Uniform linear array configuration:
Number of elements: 8
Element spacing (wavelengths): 0.75
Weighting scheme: hann
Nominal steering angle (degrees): -30
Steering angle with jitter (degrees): -28.838
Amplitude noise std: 0.05
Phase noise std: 0.05

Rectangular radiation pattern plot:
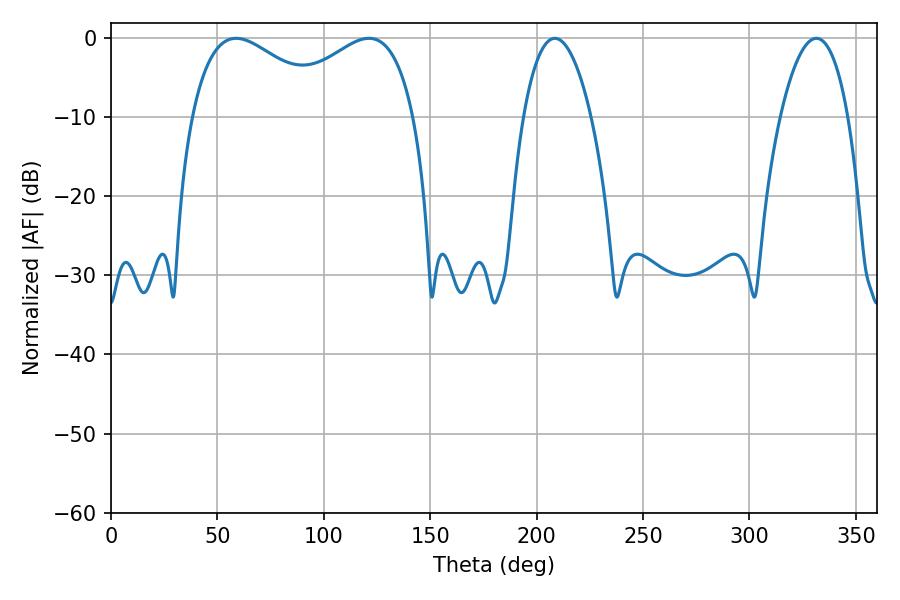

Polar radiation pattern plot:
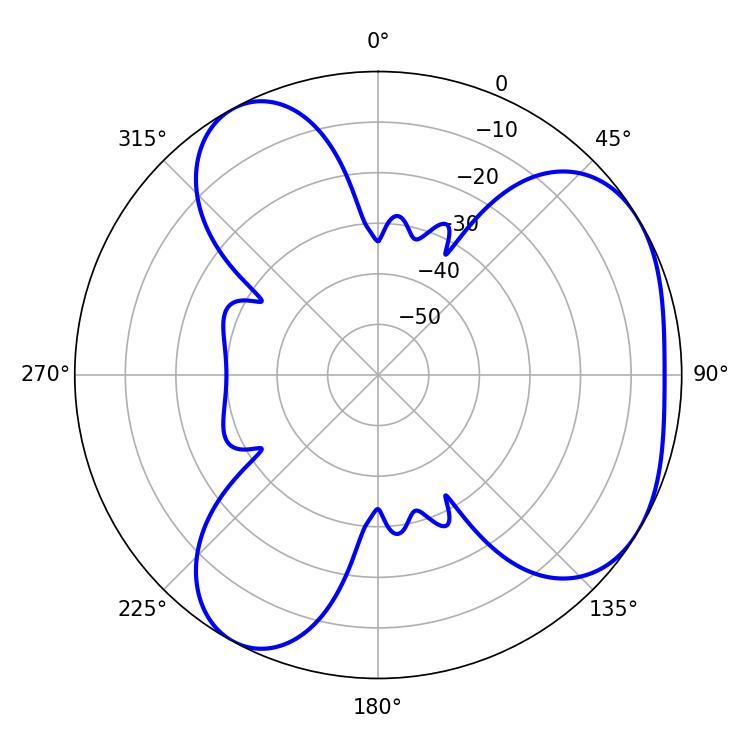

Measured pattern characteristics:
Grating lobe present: TRUE
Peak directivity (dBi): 4.338
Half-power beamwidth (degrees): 36.54
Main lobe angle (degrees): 58.86